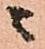
ニ